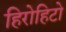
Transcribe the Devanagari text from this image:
हिरोहिटो